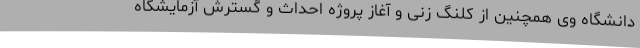
دانشگاه وی همچنین از کلنگ زنی و آغاز پروژه احداث و گسترش آزمایشگاه